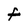
Character: f